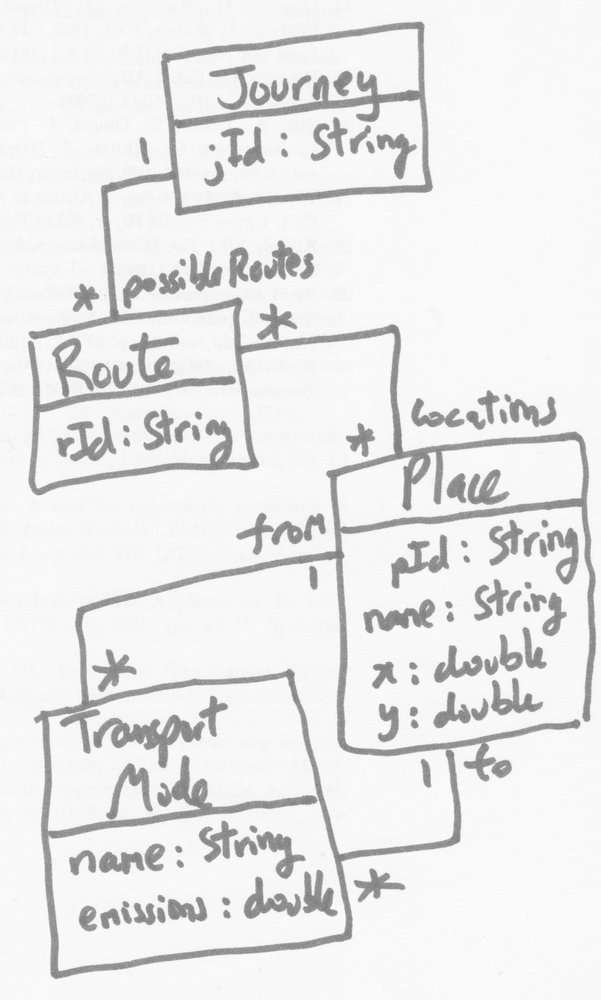
Diagram type: class_diagram
```plantuml
@startuml

class Journey {
  jId: String
}

class Route {
  rId: String
}

class Place {
  pId: String
  name: String
  x: double
  y: double
}

class TransportMode {
  name: String
  emissions: double
}

Journey "1" -- "possibleRoutes *" Route

Place "locations *" -- "*" Route
Place "from 1" -- "*" TransportMode
Place "to 1" -- "*" TransportMode

@enduml
```